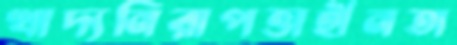
খাদ্যনিরাপত্তাহীনতা